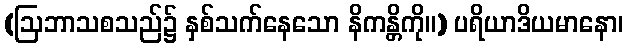
(ဩဘာသစသည်၌ နှစ်သက်နေသော နိကန္တိကို။) ပရိယာဒိယမာနော၊